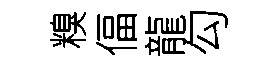
糗偪龍勾